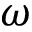
\omega